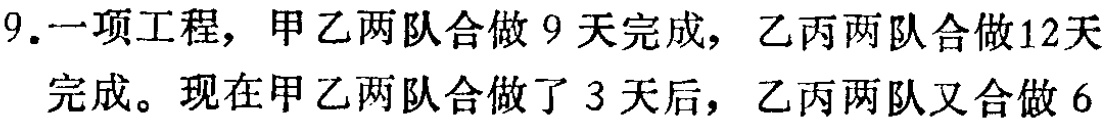
9.一项工程，甲乙两队合做 9 天完成，乙丙两队合做12天完成。现在甲乙两队合做了 3 天后，乙丙两队又合做 6